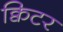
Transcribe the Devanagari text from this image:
क्विटर